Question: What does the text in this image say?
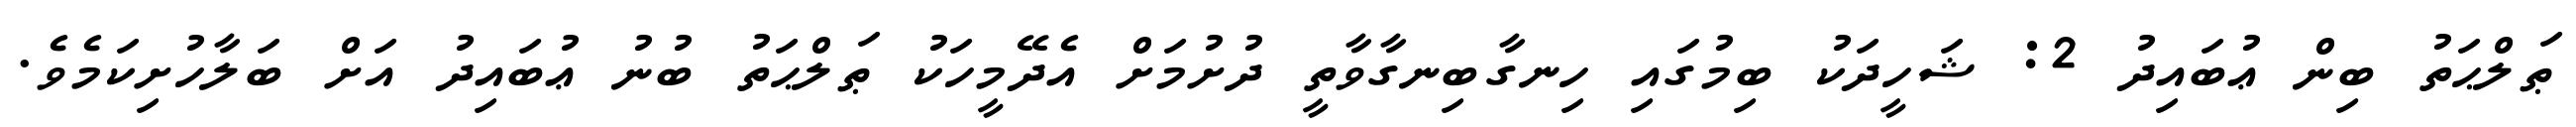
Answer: ޠަލްޙަތު ބިން ޢުބައިދު 2: ޝަހީދަކު ބިމުގައި ހިނގާބިނގާވާތީ ދުށުމަށް އެދޭމީހަކު ޠަލްޙަތު ބުނު ޢުބައިދު އަށް ބަލާހުށިކަމެވެ.